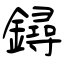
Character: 鐞